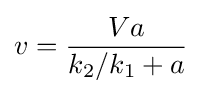
v={\frac {Va}{k_{2}/k_{1}+a}}